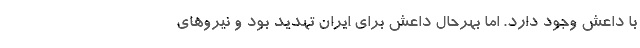
با داعش وجود دارد. اما بهرحال داعش برای ایران تهدید بود و نیروهای